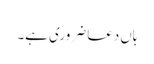
ہاں دعا ضروری ہے۔